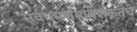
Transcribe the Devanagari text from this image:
सर्वधर्मसमावेशकतेचे